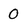
Character: 0